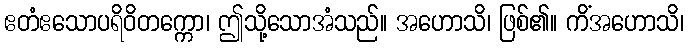
ဧတံဧသောပရိဝိတက္ကော၊ ဤသို့သောအံသည်။ အဟောသိ၊ ဖြစ်၏။ ကိံအဟောသိ၊